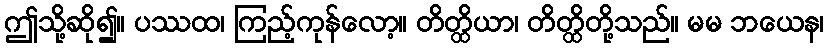
ဤသို့ဆို၍။ ပဿထ၊ ကြည့်ကုန်လော့။ တိတ္ထိယာ၊ တိတ္ထိတို့သည်။ မမ ဘယေန၊